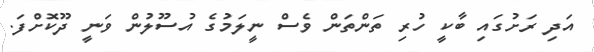
އަދި ރަށުގައި ބާކީ ހުރި ތަންތަން ވެސް ނީލަމުގެ އުސޫލުން ވަނީ ދޫކޮށްފަ.